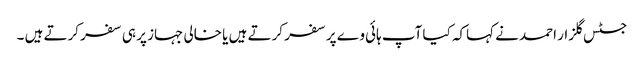
جسٹس گلزار احمد نے کہاکہ کیا آپ ہائی وے پر سفر کرتے ہیں یا خالی جہاز پر ہی سفر کرتے ہیں ۔